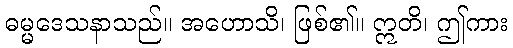
ဓမ္မဒေသနာသည်။ အဟောသိ၊ ဖြစ်၏။ ဣတိ၊ ဤကား